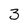
Character: 3